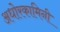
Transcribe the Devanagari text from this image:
अधोरकामिनी